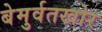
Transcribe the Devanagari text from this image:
बेमुर्वतखोर